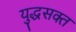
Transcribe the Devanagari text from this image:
युद्धसक्त